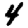
Digit: 4